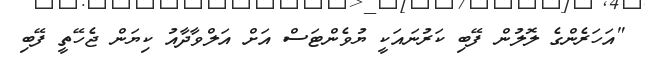
"އަހަރެންގެ ލޮލުން ފޭބި ކަރުނައަކީ ޔުވެންޓަސް އަށް އަލްވާދާއު ކިޔަން ޖެހޭތީ ފޭބި